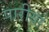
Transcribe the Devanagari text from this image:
पारीयां